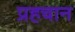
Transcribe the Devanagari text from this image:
प्रहचान